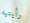
رأيتيه